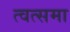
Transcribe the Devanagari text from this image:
त्वत्समा